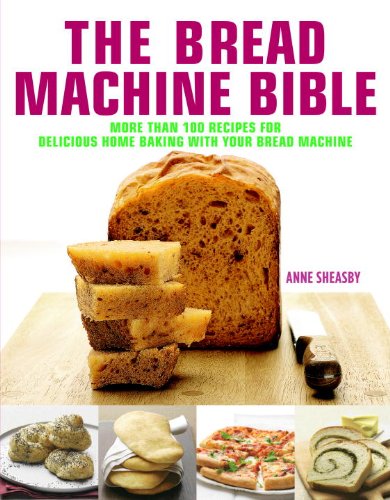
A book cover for The Bread Machine Bible: More Than 100 Recipes for Delicious Home Baking with Your Bread Machine; Anne Sheasby; Cookbooks, Food & Wine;